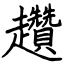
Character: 趲